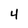
Character: 4